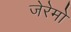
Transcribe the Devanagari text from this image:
जेरेमो